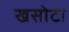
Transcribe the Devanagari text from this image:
खसोटा